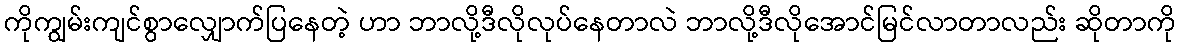
ကိုကျွမ်းကျင်စွာလျှောက်ပြနေတဲ့ ဟာ ဘာလို့ဒီလိုလုပ်နေတာလဲ ဘာလို့ဒီလိုအောင်မြင်လာတာလည်း ဆိုတာကို